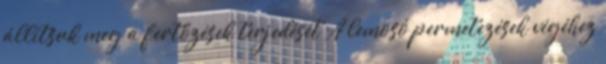
állítsuk meg a fertőzések terjedését A lemosó permetezések végéhez